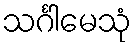
သင်္ဂါမေသုံ